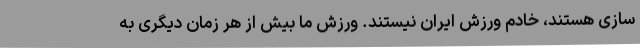
سازی هستند، خادم ورزش ایران نیستند. ورزش ما بیش از هر زمان دیگری به